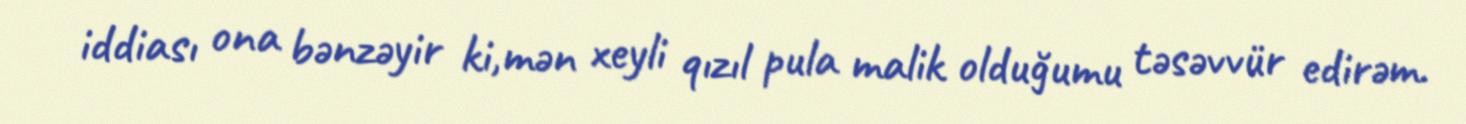
iddiası ona bənzəyir ki,mən xeyli qızıl pula malik olduğumu təsəvvür edirəm.